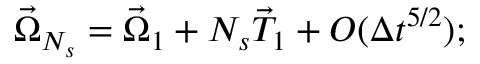
\vec { \Omega } _ { N _ { s } } = \vec { \Omega } _ { 1 } + N _ { s } \vec { T } _ { 1 } + O ( \Delta t ^ { 5 / 2 } ) ;